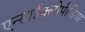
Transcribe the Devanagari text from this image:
एन्साईक्लोपीडिया